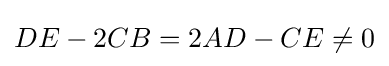
DE-2CB=2AD-CE\neq 0